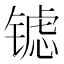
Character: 𮣶